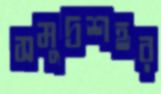
সমুদ্রশহর